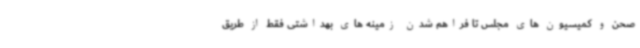
صحن و کمیسیون های مجلس تا فراهم شدن زمینه های بهداشتی فقط از طریق